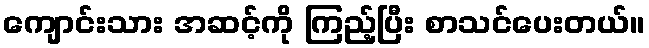
ကျောင်းသား အဆင့်ကို ကြည့်ပြီး စာသင်ပေးတယ်။